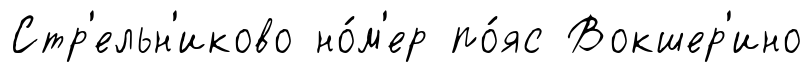
Стр'ельн'иково но́м'ер по́яс Вокшер'ино